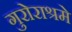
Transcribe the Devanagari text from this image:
गुरोराश्रमे